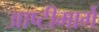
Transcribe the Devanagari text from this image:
आष्टीमार्गे